Report on vaccination in the Province of Bengal - 1869-1873
Year: 1869
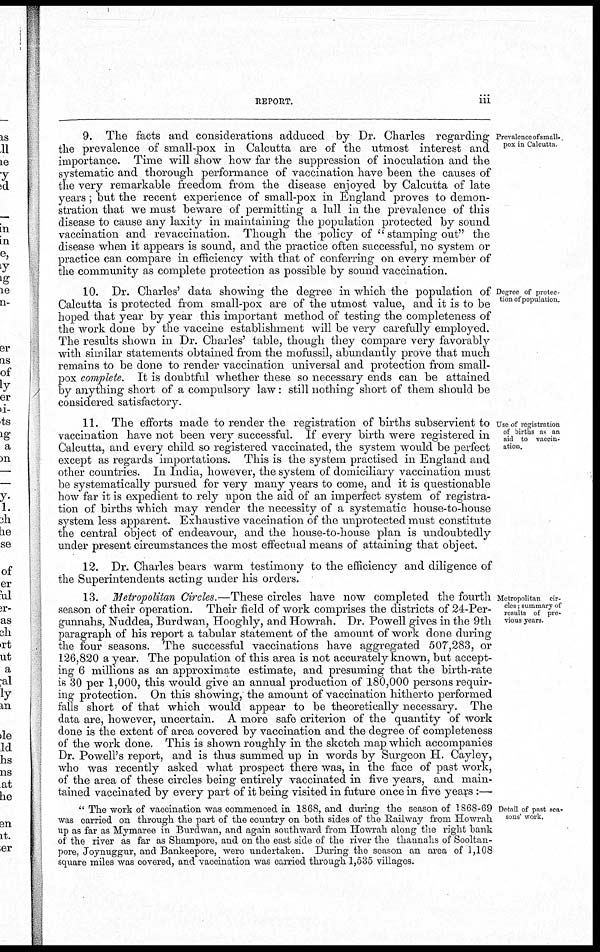
REPORT.
iii
Prevalence of small¬
pox in Calcutta.
9. The facts and considerations adduced by Dr. Charles regarding
the prevalence of small-pox in Calcutta are of the utmost interest and
importance. Time will show how far the suppression of inoculation and the
systematic and thorough performance of vaccination have been the causes of
the very remarkable freedom from the disease enjoyed by Calcutta of late
years; but the recent experience of small-pox in England proves to demon-
stration that we must beware of permitting a lull in the prevalence of this
disease to cause any laxity in maintaining the population protected by sound
vaccination and revaccination. Though the policy of " stamping out" the
disease when it appears is sound, and the practice often successful, no system or
practice can compare in efficiency with that of conferring on every member of
the community as complete protection as possible by sound vaccination.
Degree of protec-
tion of population.
10. Dr. Charles' data showing the degree in which the population of
Calcutta is protected from small-pox are of the utmost value, and it is to be
hoped that year by year this important method of testing the completeness of
the work done by the vaccine establishment will be very carefully employed.
The results shown in Dr. Charles' table, though they compare very favorably
with similar statements obtained from the mofussil, abundantly prove that much
remains to be done to render vaccination universal and protection from small-
pox complete. It is doubtful whether these so necessary ends can be attained
by anything short of a compulsory law: still nothing short of them should be
considered satisfactory.
Use of registration
of births as an
aid to vaccin-
ation.
11. The efforts made to render the registration of births subservient to
vaccination have not been very successful. If every birth were registered in
Calcutta, and every child so registered vaccinated, the system would be perfect
except as regards importations. This is the system practised in England and
other countries. In India, however, the system of domiciliary vaccination must
be systematically pursued for very many years to come, and it is questionable
how far it is expedient to rely upon the aid of an imperfect system of registra-
tion of births which may render the necessity of a systematic house-to-house
system less apparent. Exhaustive vaccination of the unprotected must constitute
the central object of endeavour, and the house-to-house plan is undoubtedly
under present circumstances the most effectual means of attaining that object.
12. Dr. Charles bears warm testimony to the efficiency and diligence of
the Superintendents acting under his orders.
Metropolitan cir-
cles ; summary of
results of pre-
vious years.
13. Metropolitan Circles.—These circles have now completed the fourth
season of their operation. Their field of work comprises the districts of 24-Per-
gunnahs, Nuddea, Burdwan, Hooghly, and Howrah. Dr. Powell gives in the 9th
paragraph of his report a tabular statement of the amount of work done during
the four seasons. The successful vaccinations have aggregated 507,283, or
126,820 a year. The population of this area is not accurately known, but accept-
ing 6 millions as an approximate estimate, and presuming that the birth-rate
is 30 per 1,000, this would give an annual production of 180,000 persons requir-
ing protection. On this showing, the amount of vaccination hitherto performed
falls short of that which would appear to be theoretically necessary. The
data are, however, uncertain. A more safe criterion of the quantity of work
done is the extent of area covered by vaccination and the degree of completeness
of the work done. This is shown roughly in the sketch map which accompanies
Dr. Powell's report, and is thus summed up in words by Surgeon H. Cayley,
who was recently asked what prospect there was, in the face of past work,
of the area of these circles being entirely vaccinated in five years, and main-
tained vaccinated by every part of it being visited in future once in five years :—
Detail of past sea-
sons' work.
" The work of vaccination was commenced in 1868, and during the season of 1868-69
was carried on through the part of the country on both sides of the Railway from Howrah
up as far as Mymaree in Burdwan, and again southward from Howrah along the right bank
of the river as far as Shampore, and on the east side of the river the thannahs of Sooltan-
pore, Joynuggur, and Bankeepore, were undertaken. During the season an area of 1,108
square miles was covered, and vaccination was carried through 1,535 villages.